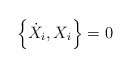
\begin{align*} \left\{\dot{X}_i, X_i \right\}=0\end{align*}